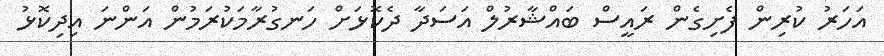
އަހަރު ކުރިން ފެށިގެން ރައީސް ބައްޝާރުލް އަސަދާ ދެކޮޅަށް ހަނގުރާމަކުރަމުން އަންނަ އިދިކޮޅު